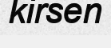
kirsen